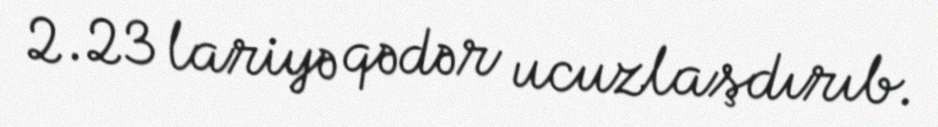
2.23 lariyə qədər ucuzlaşdırıb.